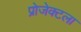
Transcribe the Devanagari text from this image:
प्रोजेक्टला